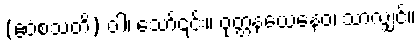
(ဧဝံစသတိ) ဝါ၊ သော်၎င်း။ ဝုတ္တနယေနေဝ၊ သာလျှင်။